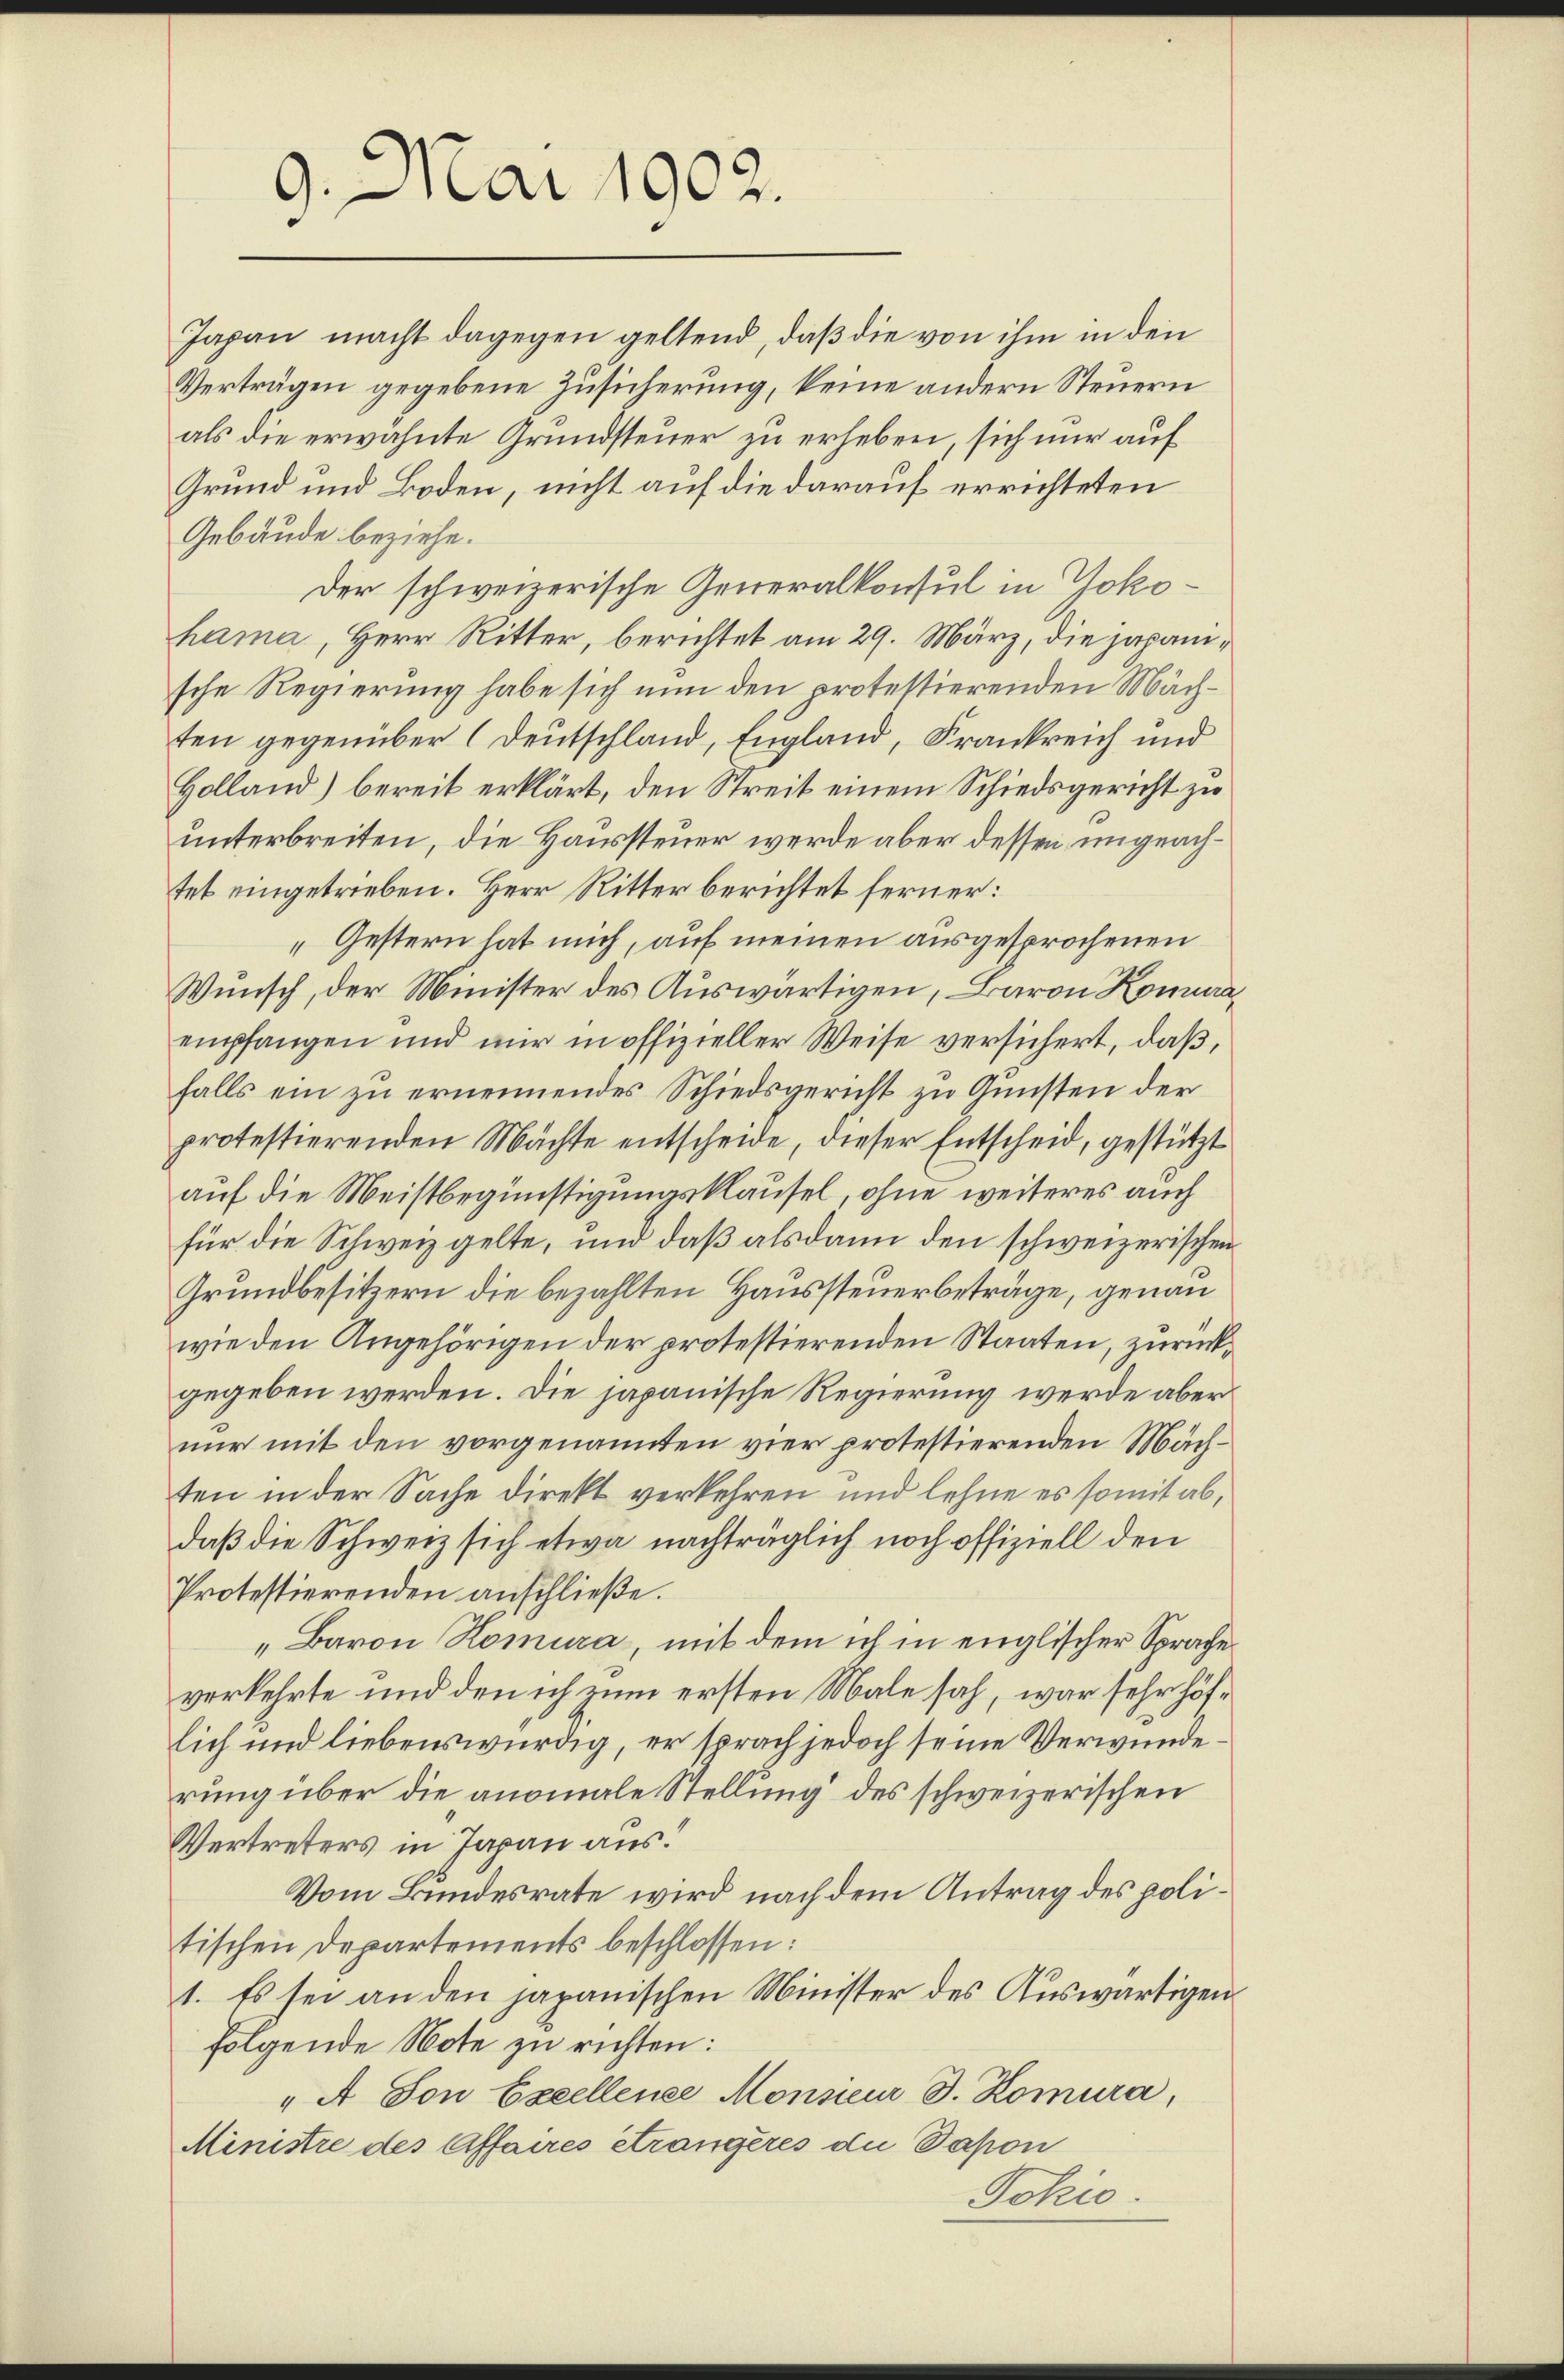
9. Mai 1902.

Japan macht dagegen geltend, daß die von ihm in den
Verträgen gegebene Zusicherung, keine andern Steuern
als die erwähnte Grundsteuer zu erheben, sich nur auf
Grund und Boden, nicht auf die darauf errichteten
Gebäude beziehe.
Der schweizerische Generalkonsul in Jokohama, Herr Ritter, berichtet am 29. März, die japanische Regierung habe sich nun den protestierenden Mächten gegenüber (Deutschland, England, Frankreich und
Holland) bereit erklärt, den Streit einem Schiedsgericht zu
unterbreiten, die Haussteuer werde aber dessen ungeachtet eingetrieben. Herr Ritter berichtet ferner:
Gestern hat mich, auf meinen ausgesprochenen
Wunsch, der Minister des Auswärtigen, Baron Komuraempfangen und mir in offizieller Weise versichert, daß,
falls ein zu ernennendes Schiedsgericht zu Gunsten der
protestierenden Mächte entscheide, dieser Entscheid, gestützt
auf die Meistbegünstigungsklausel, ohne weiteres auch
für die Schweiz gelte, und daß alsdann den schweizerischen
Grundbesitzern die bezahlten Haussteuerbeträge, genau
wie den Angehörigen der protestierenden Staaten, zurückgegeben werden. Die japanische Regierung werde aber
nur mit den vorgenannten vier protestierenden Mächten in der Sache direkt verkehren und lehne es somit ab,
daß die Schweiz sich etwa nachträglich noch offiziell den
Protestierenden anschließe.
„Baron Romura, mit dem ich in englischer Sprache
verkehrte und den ich zum ersten Male sah, war sehr höflich und liebenswürdig, er sprach jedoch seine Verwunderung über die anomale Stellung des schweizerischen
Vertreters in Japan aus.
Vom Bundesrate wird nach dem Antrag des politischen Departements beschlossen:
1. Es sei an den japanischen Minister des Auswärtigen
folgende Note zu richten:
"A Ton Excellene Monsieur J. Komura,
Ministre des Affaires étrangères die Dapon
Jokio.